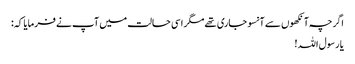
اگرچہ آنکھوں سے آنسو جاری تھے مگر اسی حالت میں آپ نے فرمایا کہ:
یا رسول اللہ!